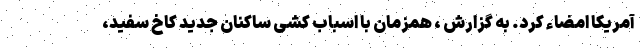
آمریکا امضاء کرد. به گزارش ، همزمان با اسباب کشی ساکنان جدید کاخ سفید،